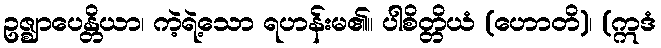
ဥဇ္ဈာပေန္တိယာ၊ ကဲ့ရဲ့သော ရဟန်းမ၏။ ပါစိတ္တိယံ (ဟောတိ)၊ (ဣဒံ